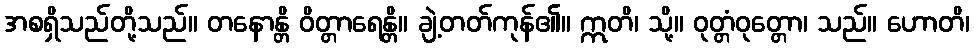
အစရှိသည်တို့သည်။ တနောန္တိ ဝိတ္တာရေန္တိ။ ချဲ့တတ်ကုန်၏။ ဣတိ၊ သို့။ ဝုတ္တံဝုတ္တော၊ သည်။ ဟောတိ၊